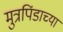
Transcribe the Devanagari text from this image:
मुत्रपिंडाच्या